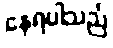
နေရပါသည်